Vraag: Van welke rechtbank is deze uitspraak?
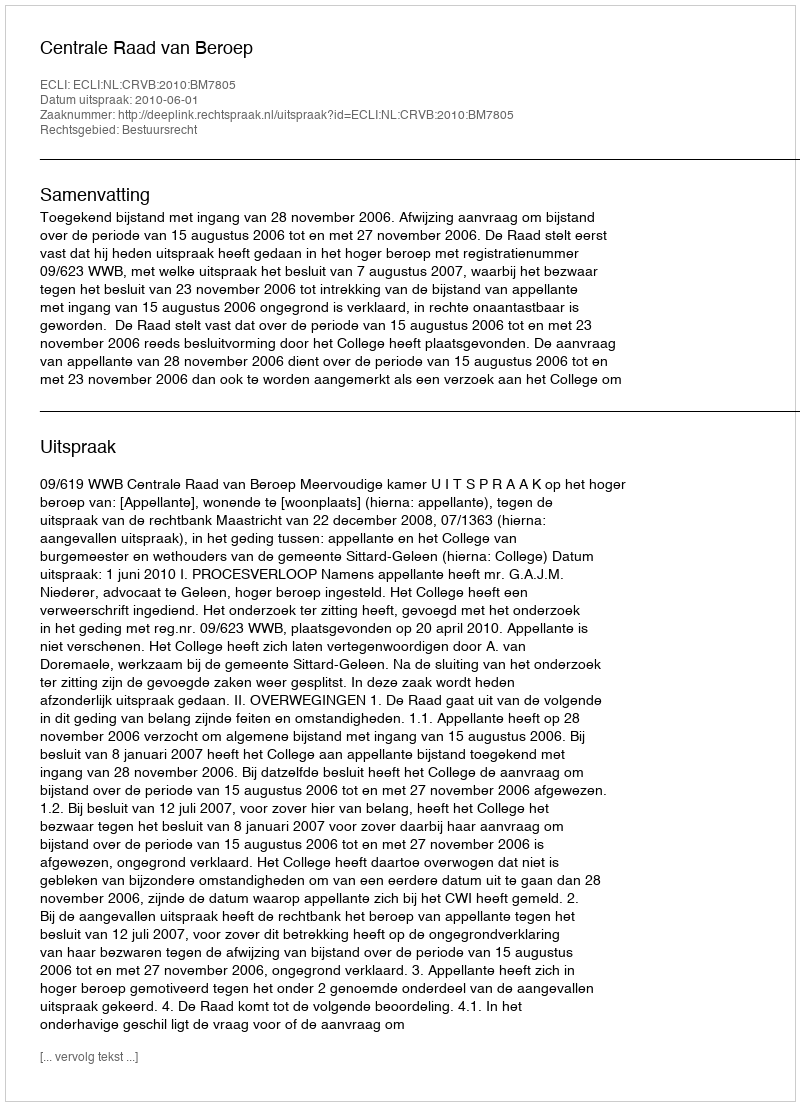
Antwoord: Centrale Raad van Beroep